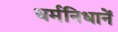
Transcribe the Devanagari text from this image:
धर्मनिधानें